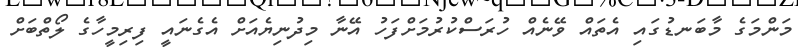
މަންމަގެ މާބަނޑުގައި އެތައް ވޭނެއް ހުރަސްކުރުމަށްފަހު އޭނާ މިދުނިޔެއަށް އެގެނައީ ފިރިމީހާގެ ލޯތްބަށް